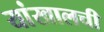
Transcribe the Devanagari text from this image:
यांखालची